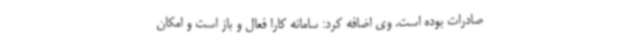
صادرات بوده است. وی اضافه کرد: سامانه کارا فعال و باز است و امکان